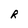
Character: R